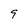
Character: 9